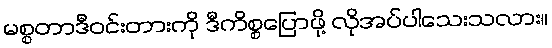
မစ္စတာဒီဝင်းတားကို ဒီကိစ္စပြောဖို့ လိုအပ်ပါသေးသလား။